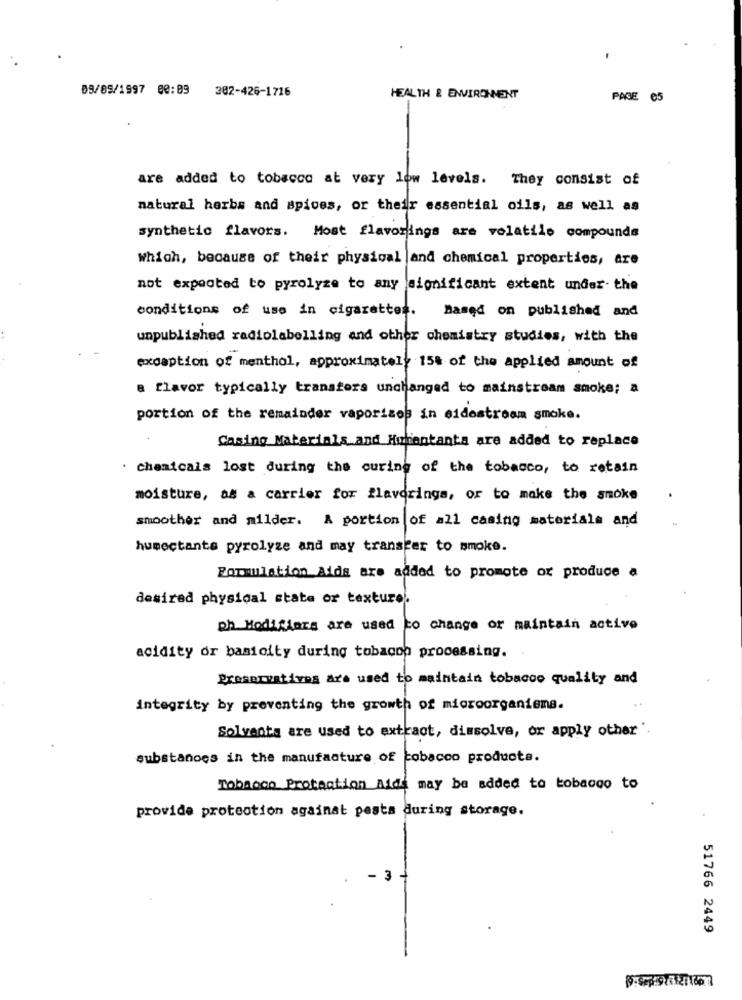
09/09/1997 00:09 302-426-1716
HEALTH & ENVIRONMENT
PAGE 65
-
are added to tobacco at very low levels. They consist of
natural herbs and spices, or their essential oils, as well as
synthetic flavors. Most flavorings are volatile compounds
Which, because of their physical and chemical properties, are
not expected to pyrolyse to any significant extent under. the
conditions of use in cigarettes.
Based on published and
unpublished radiolabelling and other chemistry studies, with the
exception of menthol, approximately 15% of the applied amount of
a flavor typically transfers unchanged to mainstream smoke; a
portion of the remainder vaporises in sidestream smoke.
Casing Materials and Humantanta are added to replace
. chamicais lost during the curing of the tobacco, to retain
moisture, as a carrier for flavorings, or to make the smoke
smoother and milder. A portion of all casing materials and
humectants pyrolyse and may transfer to smoke.
Formulation Aids are added to promote or produce a
desired physical state or texture.
ph Modifiers are used to change or maintain active
acidity or basicity during tobacop processing.
Preservatives are used to maintain tobacco quality and
integrity by preventing the growth of microorganisms.
Solvents are used to extract, dissolve, or apply other ".
substances in the manufacture of tobacco products.
Tobacco Protection Alds may be added to tobacco to
provide protection against pests during storage.
- 3
51766 2449